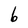
Character: 6